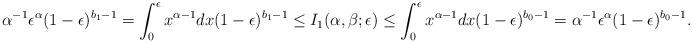
LaTeX: \begin{align*}\alpha^{-1} \epsilon^{\alpha}(1-\epsilon)^{b_1-1}= \int_0^\epsilon x^{\alpha-1} dx (1-\epsilon)^{b_1-1}\le I_1(\alpha,\beta;\epsilon)\le \int_0^\epsilon x^{\alpha-1} dx (1-\epsilon)^{b_0-1}= \alpha^{-1} \epsilon^{\alpha} (1-\epsilon)^{b_0-1}.\end{align*}